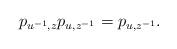
LaTeX: \begin{align*}p_{u^{-1},z}p_{u,z^{-1}}=p_{u,z^{-1}}.\end{align*}